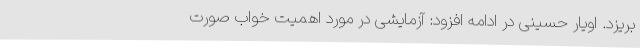
بریزد. اویار حسینی در ادامه افزود: آزمایشی در مورد اهمیت خواب صورت